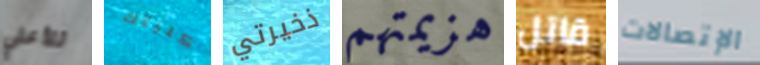
للأعلي كليتك ذخيرتي هزيمتهم قاتل الإتصالات